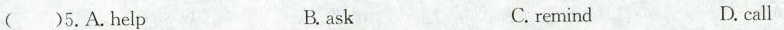
()5.A.help B. ask C. remind D. call